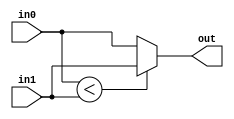
module max(
    input signed [IP:0] in0,
    input signed [IP:0] in1,
    output signed [IP:0] out
);
parameter IP = 8;
assign out = in0 < in1 ? in1 : in0;
endmodule